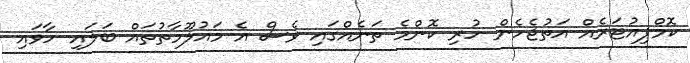
ކޮމްޕިއުޓަރެއް އަތުޖެހެން ހުރި ކޮންމެ ތަނެއްގައި ވެސް އެ މައުލޫމާތުތައް ބަލައި ހާވައި